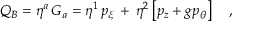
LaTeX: Q _ { B } = \eta ^ { a } \, G _ { a } = \eta ^ { 1 } \, p _ { \xi } \, + \, \eta ^ { 2 } \left[ p _ { z } + g p _ { \theta } \right] \ \ \ ,